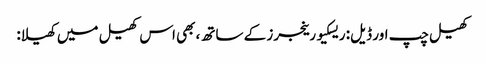
کھیل چپ اور ڈیل: ریسکیو رینجرز کے ساتھ، بھی اس کھیل میں کھیلا: